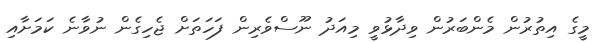
މީގެ އިތުރުން މެންބަރުން ވިދާޅުވީ މިއަދު ނޫސްވެރިން ފަހަތަށް ޖެހިގެން ނުވާނެ ކަމަށާއި